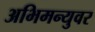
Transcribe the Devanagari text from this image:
अभिमन्युवर